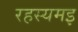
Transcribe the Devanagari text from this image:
रहस्यमइ